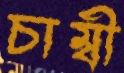
চাম্বী